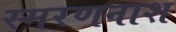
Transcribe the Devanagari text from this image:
स्मरणनाश